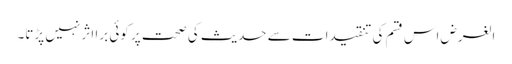
الغرض اس قسم کی تنقیدات سے حدیث کی صحت پر کوئی برا اثر نہیں پڑتا۔